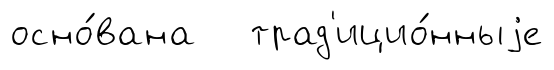
осно́вана трад'ицио́нныjе